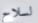
لسلاح